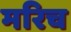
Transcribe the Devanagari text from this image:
मरिच